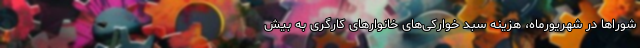
شوراها در شهریورماه، هزینه سبد خوارکی‌های خانوارهای کارگری به بیش